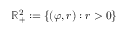
\mathbb { R } _ { + } ^ { 2 } : = \left\{ ( \varphi , r ) : r > 0 \right\}